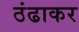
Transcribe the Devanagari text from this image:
ठंढाकर